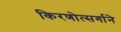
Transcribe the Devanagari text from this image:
किरणोत्‍सर्गाने